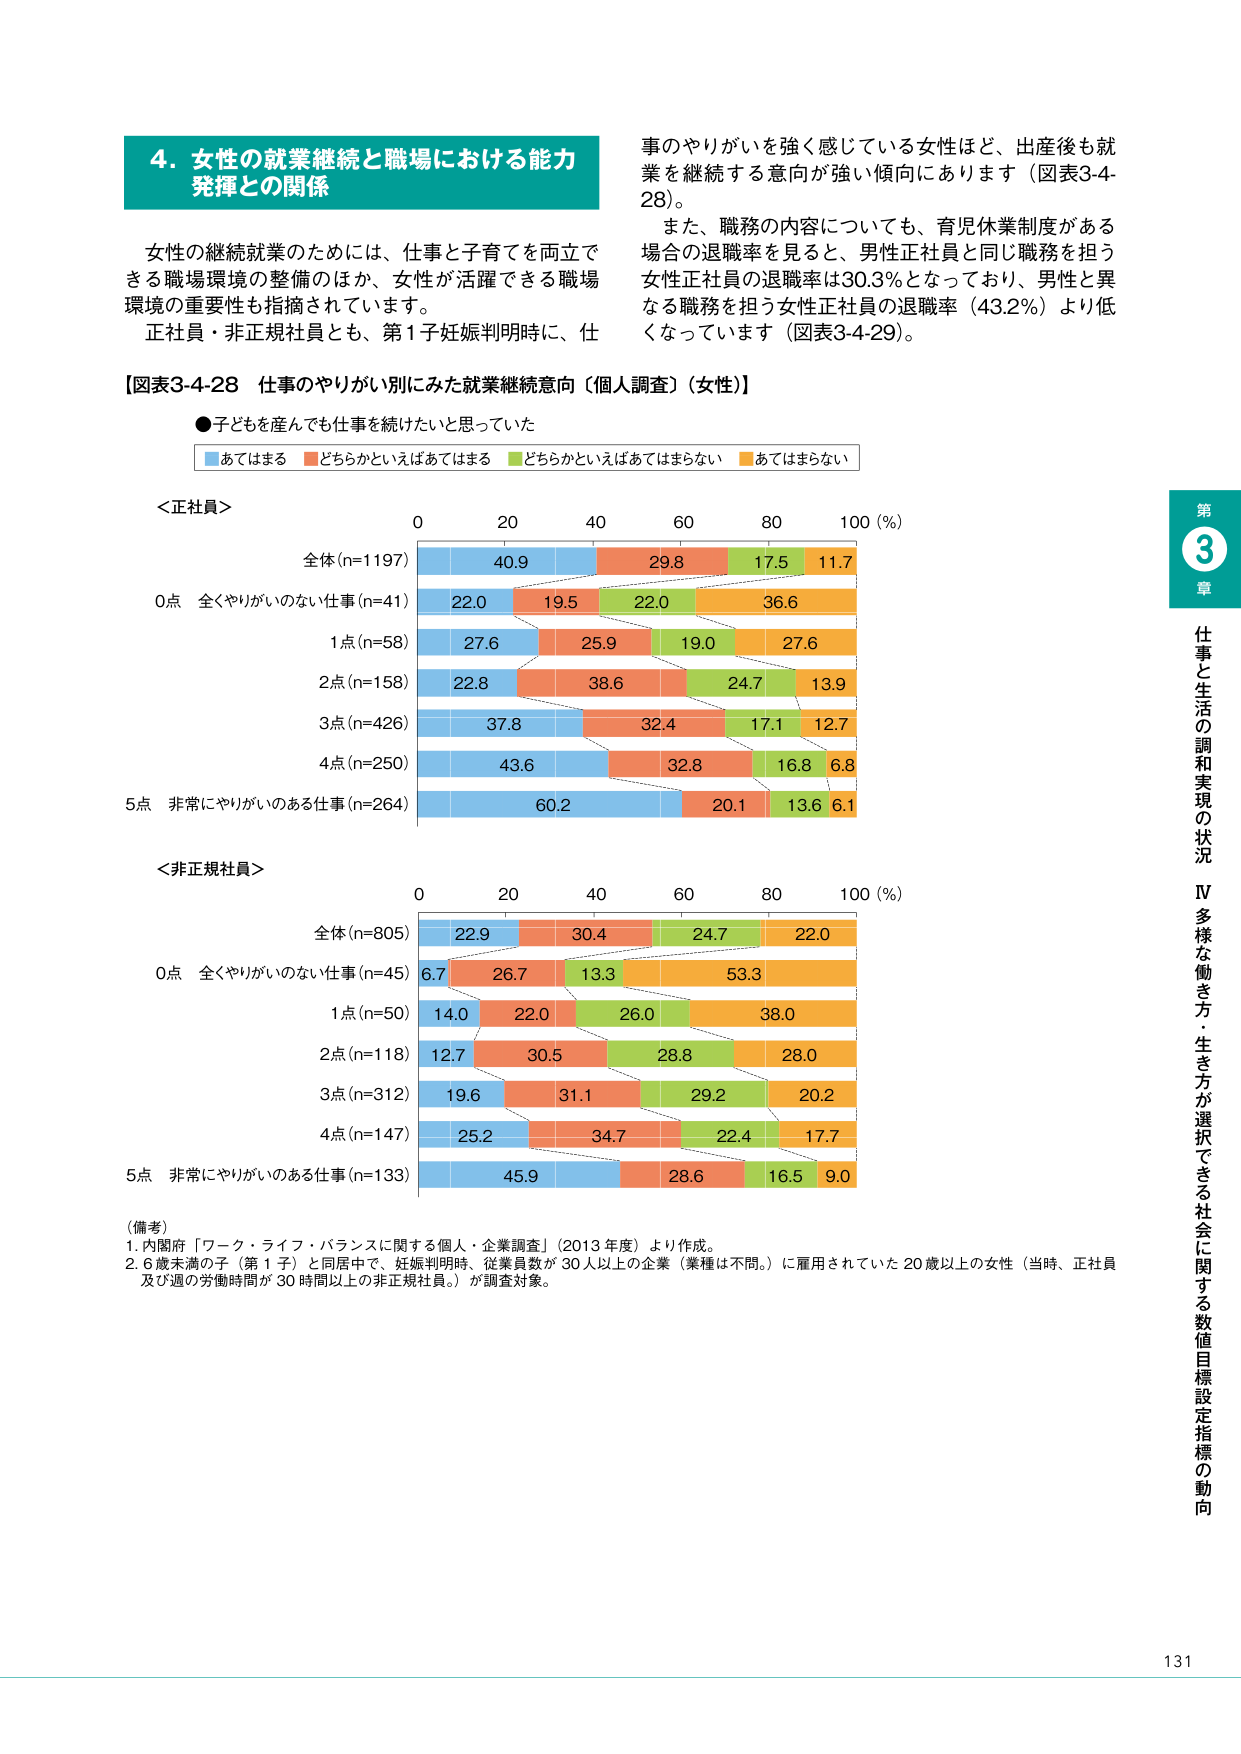
4. 女性の就業継続と職場における能力発揮との関係

女性の継続就業のためには、仕事と子育てを両立できる職場環境の整備のほか、女性が活躍できる職場環境の重要性も指摘されています。
正社員・非正規社員とも、第1子妊娠判明時に、仕事のやりがいを強く感じている女性ほど、出産後も就業を継続する意向が強い傾向にあります（図表3-4-28）。
また、職務の内容についても、育児休業制度がある場合の退職率を見ると、男性正社員と同じ職務を担う女性正社員の退職率は30.3％となっており、男性と異なる職務を担う女性正社員の退職率（43.2％）より低くなっています（図表3-4-29）。

【図表3-4-28 仕事のやりがい別にみた就業継続意向（個人調査）（女性）】

●子どもを産んでも仕事を続けたいと思っていた
■あてはまる ■どちらかといえばあてはまる ■どちらかといえばあてはまらない ■あてはまらない

＜正社員＞
0 20 40 60 80 100（％）
全体(n=1197) 40.9 29.8 17.5 11.7
0点 全くやりがいのない仕事(n=41) 22.0 19.5 22.0 36.6
1点(n=58) 27.6 25.9 19.0 27.6
2点(n=158) 22.8 38.6 24.7 13.9
3点(n=426) 37.8 32.4 17.1 12.7
4点(n=250) 43.6 32.8 16.8 6.8
5点 非常にやりがいのある仕事(n=264) 60.2 20.1 13.6 6.1

＜非正規社員＞
0 20 40 60 80 100（％）
全体(n=805) 22.9 30.4 24.7 22.0
0点 全くやりがいのない仕事(n=45) 6.7 26.7 13.3 53.3
1点(n=50) 14.0 22.0 26.0 38.0
2点(n=118) 12.7 30.5 28.8 28.0
3点(n=312) 19.6 31.1 29.2 20.2
4点(n=147) 25.2 34.7 22.4 17.7
5点 非常にやりがいのある仕事(n=133) 45.9 28.6 16.5 9.0

（備考）
1. 内閣府「ワーク・ライフ・バランスに関する個人・企業調査」（2013年度）より作成。
2. 6歳未満の子（第1子）と同居中で、妊娠判明時、従業員数が30人以上の企業（業種は不問。）に雇用されていた20歳以上の女性（当時、正社員及び週の労働時間が30時間以上の非正規社員。）が調査対象。

第3章 仕事と生活の調和実現の状況
Ⅳ 多様な働き方・生き方が選択できる社会に関する数値目標設定指標の動向

131